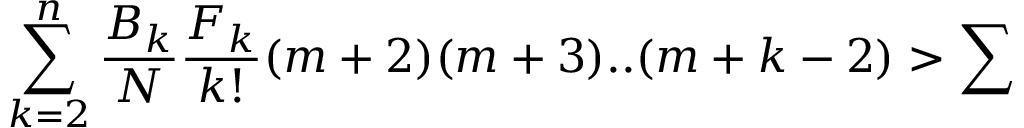
\sum _ { k = 2 } ^ { n } \frac { B _ { k } } { N } \frac { F _ { k } } { k ! } ( m + 2 ) ( m + 3 ) . . ( m + k - 2 ) > \sum